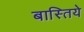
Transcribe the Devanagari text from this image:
बास्तिये